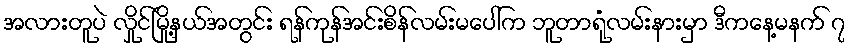
အလားတူပဲ လှိုင်မြို့နယ်အတွင်း ရန်ကုန်အင်းစိန်လမ်းမပေါ်က ဘူတာရုံလမ်းနားမှာ ဒီကနေ့မနက် ၇